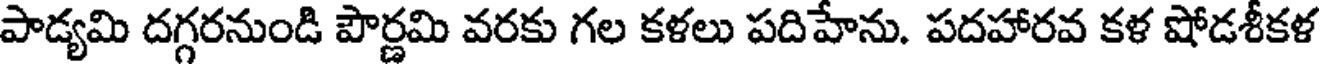
పాడ్యమి దగ్గరనుండి పౌర్ణమి వరకు గల కళలు పదిహేను. పదహారవ కళ షోడశీకళ